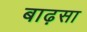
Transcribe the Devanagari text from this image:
बाढ़सा